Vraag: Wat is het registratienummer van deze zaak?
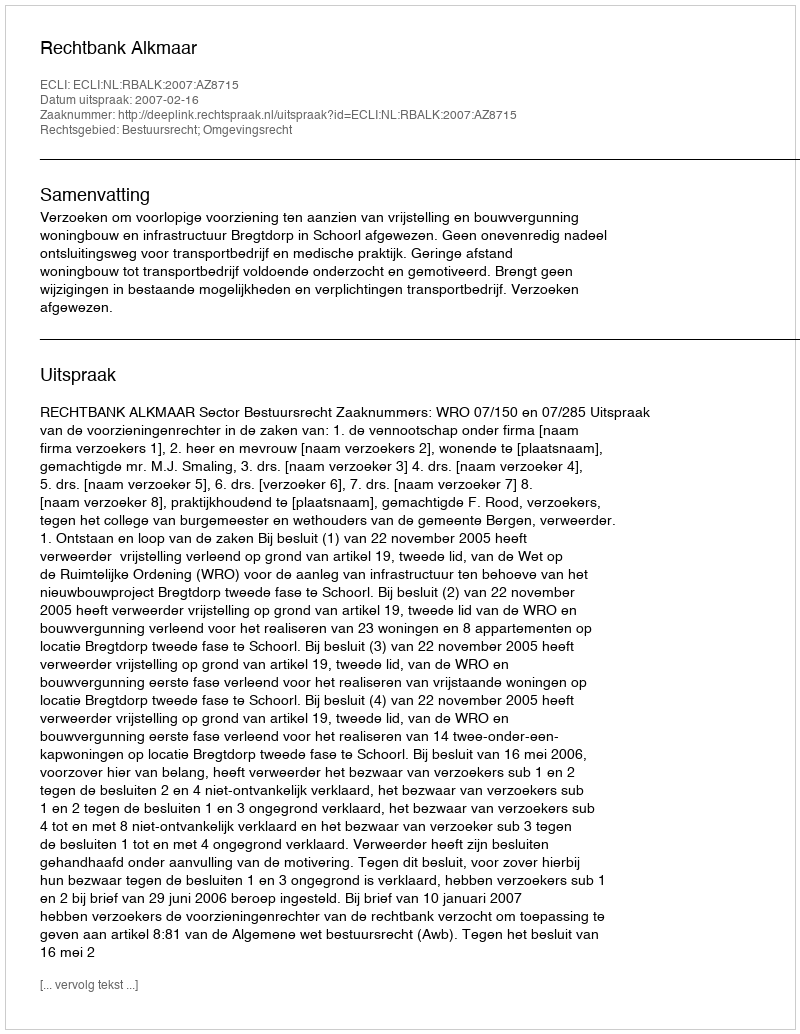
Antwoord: http://deeplink.rechtspraak.nl/uitspraak?id=ECLI:NL:RBALK:2007:AZ8715